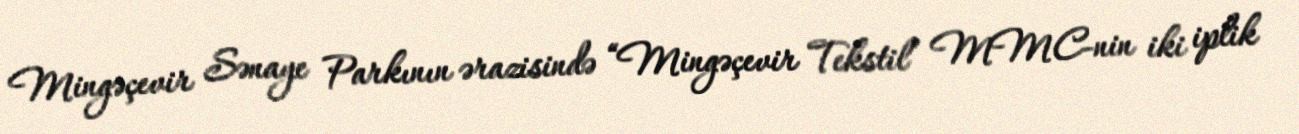
Mingəçevir Sənaye Parkının ərazisində “Mingəçevir Tekstil” MMC-nin iki iplik